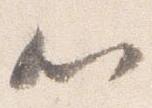
心